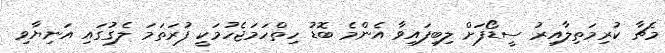
މެޗާ ކުރިމަތިލާއިރު ސީޑޯފަށް ލިބިފައިވާ އެންމެ ބޮޑު ހިތްހަމަޖެހުމަކީ ފުރަތަމަ ލެގުގައި އަނިޔާވި